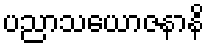
ပညာသယောဇနာနိ